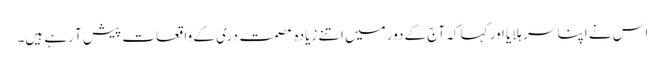
اس نے اپنا سر ہلایا اور کہا کہ آج کے دور میں اتنے زیادہ عصمت دری کے واقعات پیش آ رہے ہیں۔